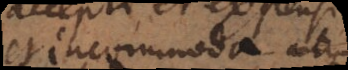
et incommoda atque